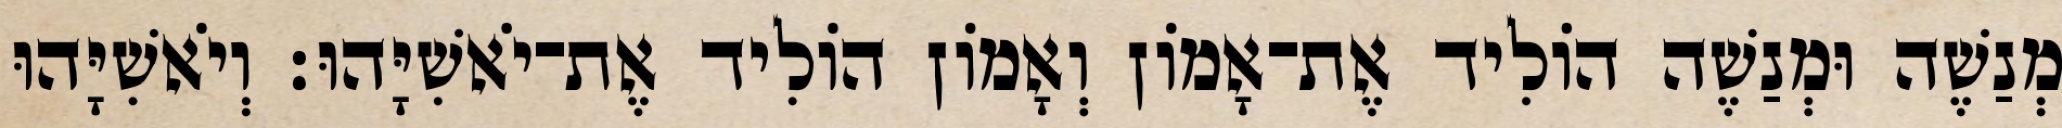
מְנַשֶׁה וּמְנַשֶׁה הוֹלִיד אֶת־אָמוֹן וְאָמוֹן הוֹלִיד אֶת־יֹאשִׁיָּהוּ׃ וְיֹאשִׁיָּהוּ